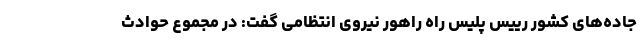
جاده‌های کشور رییس پلیس راه راهور نیروی انتظامی گفت: در مجموع حوادث